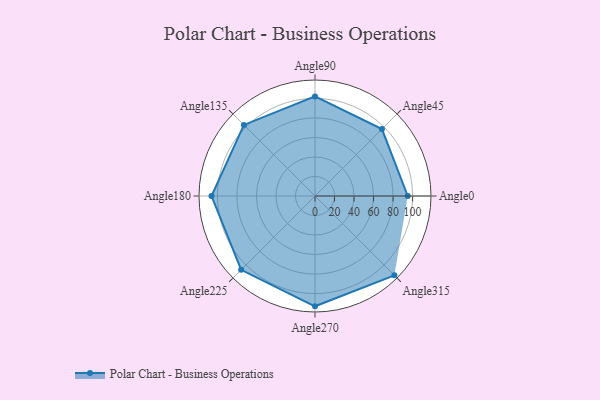
{"axis": {"x": "Angle", "y": "Radius"}, "legend": [""], "data": [{"x": "Angle0", "y": 95.0, "type": ""}, {"x": "Angle45", "y": 97.0, "type": ""}, {"x": "Angle90", "y": 102.0, "type": ""}, {"x": "Angle135", "y": 103.0, "type": ""}, {"x": "Angle180", "y": 106.0, "type": ""}, {"x": "Angle225", "y": 107.0, "type": ""}, {"x": "Angle270", "y": 113.0, "type": ""}, {"x": "Angle315", "y": 115.0, "type": ""}]}